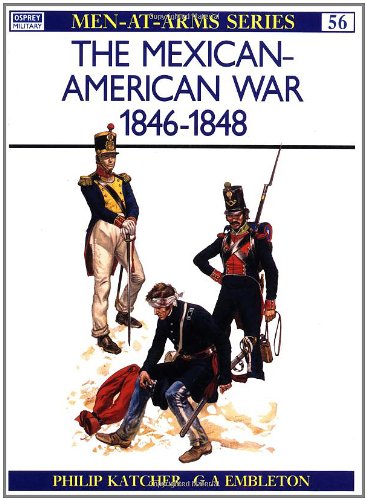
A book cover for The Mexican-American War, 1846-1848 (Men-At-Arms Series, 56); Philip Katcher; History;